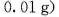
0.01g)